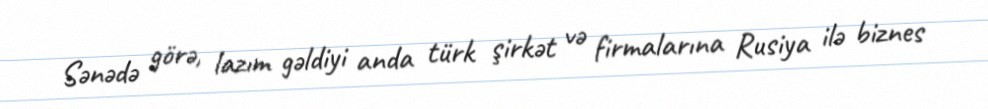
Sənədə görə, lazım gəldiyi anda türk şirkət və firmalarına Rusiya ilə biznes